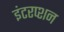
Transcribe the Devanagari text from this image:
इंटरप्शन